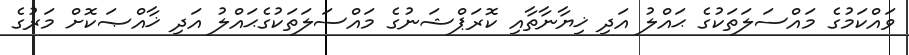
ވައްކަމުގެ މައްސަލަތަކުގެ ޙައްލު އަދި ޚިޔާނާތާއި ކޮރަޕްޝަނުގެ މައްސަލަތަކުގެޙައްލު އަދި ޚާއްޞަކޮށް މަރުގެ